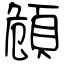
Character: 頠